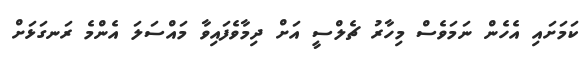
ކަމަށައި އެހެން ނަމަވެސް މިހާރު ޗެލްސީ އަށް ދިމާވެފައިވާ މައްސަލަ އެންމެ ރަނގަޅަށް